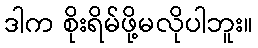
ဒါက စိုးရိမ်ဖို့မလိုပါဘူး။